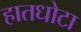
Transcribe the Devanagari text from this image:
हातधोटा